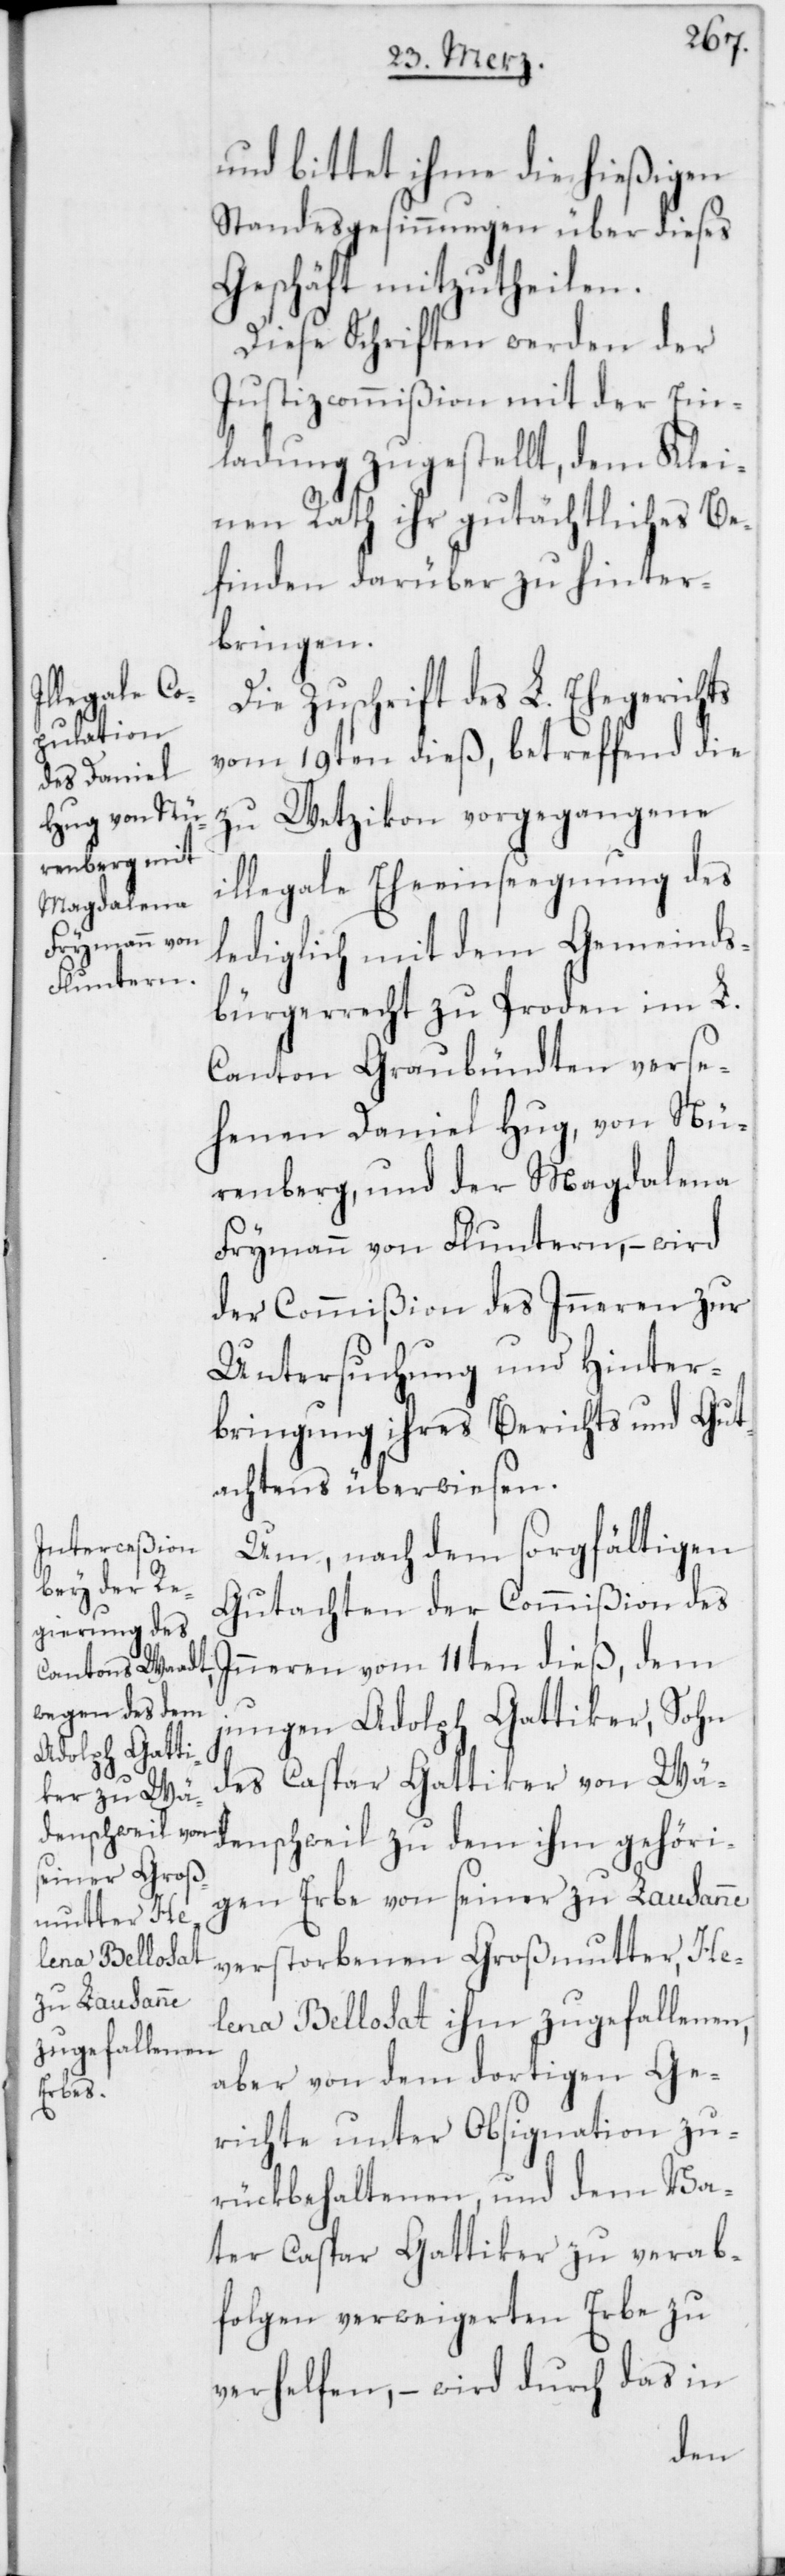
und bittet ihme die hießigen
Standesgesinnungen über dieses
Geschäft mitzutheilen.
Diese Schriften werden der
Justizcommißion mit der Ein¬
ladung zugestellt, dem Klei¬
nen Rath ihr gutächtliches Be¬
finden darüber zu hinter¬
bringen.
Die Zuschrift des L. Ehegerichts
vom 19ten dieß, betreffend die
zu Wetzikon vorgegangene
illegale Eheeinsegnung des
lediglich mit dem Gemeinds¬
bürgerrecht zu Proden im L.
Canton Graubündten verse¬
henen Daniel Hug, von Nü¬
renberg, und der Magdalena
Frymann von Fluntern, – wird
der Commißion des Inneren zur
Untersuchung und Hinter¬
bringung ihres Berichts und Gut¬
achtens überwiesen.
Um, nach dem sorgfältigen
Gutachten der Commißion des
Inneren vom 11ten dieß, dem
jungen Adolph Gattiker, Sohn
des Caspar Gattiker von Wä¬
denschweil, zu dem ihm gehöri¬
gen Erbe von seiner zu Lausanne
verstorbenen Großmutter, He¬
lena Bellosat ihm zugefallenen,
aber von dem dortigen Ge¬
richte unter Obsignation zu¬
rükbehaltenen, und dem Va¬
ter Caspar Gattiker zu verab¬
folgen verweigereten Erbe zu
verhelfen, – wird durch das in